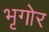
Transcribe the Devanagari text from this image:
भृगोर